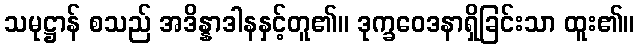
သမုဋ္ဌာန် စသည် အဒိန္နာဒါနနှင့်တူ၏။ ဒုက္ခဝေဒနာရှိခြင်းသာ ထူး၏။